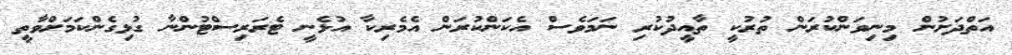
އަތްދަށުން މިނިވަންކުރަން ތުރުކީ ތާއީދުކުރި ނަމަވެސް އެކަންކުރަން އެމެރިކާ އުޅެނީ ޓެރަރިސްޓުންނާ ގުޅިގެންކަމަށްވާތީ